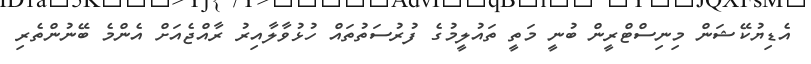
އެޑިޔުކޭޝަން މިނިސްޓްރީން ބުނީ މަތީ ތައުލީމުގެ ފުރުސަތުތައް ހުޅުވާލާއިރު ރާއްޖެއަށް އެންމެ ބޭނުންތެރި